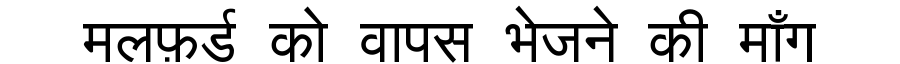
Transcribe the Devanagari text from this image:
मलफ़र्ड को वापस भेजने की माँग